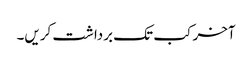
آخر کب تک برداشت کریں۔